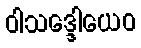
ဝါသဒ္ဒေါယေဝ